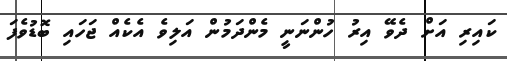
ކައިރި އަށް ދެވޭ އިރު ހުންނަނީ މެންދަމުން އަލިވެ އެކެއް ޖަހައި ބޮޑުވެފަ